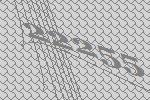
22255